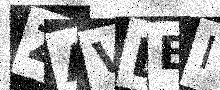
Text: ZAVDBI